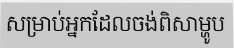
សម្រាប់អ្នកដែលចង់ពិសាម្ហូប